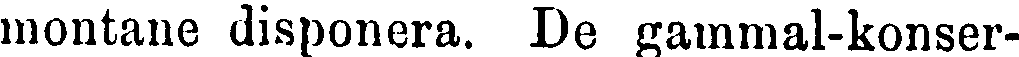
montane disponera. De gammal-konser-